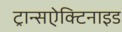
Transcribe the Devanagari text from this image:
ट्रान्सऐक्टिनाइड